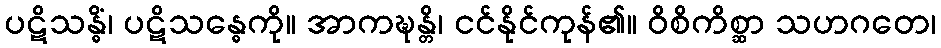
ပဋိသန္ဓိံ၊ ပဋိသန္ဓေကို။ အာကဍ္ဎန္တိ၊ ငင်နိုင်ကုန်၏။ ဝိစိကိစ္ဆာ သဟဂတေ၊